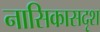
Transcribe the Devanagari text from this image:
नासिकासदृश